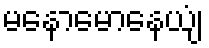
မနောမောနေယျံ